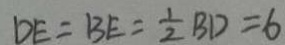
D E = B E = \frac { 1 } { 2 } B D = 6